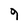
Character: 9